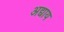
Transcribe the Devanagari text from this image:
अद्याय